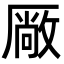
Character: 厰